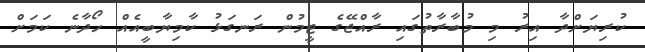
ކުރިޔަށްދާ އިރު މި މުބާރާތުގައި ރާއްޖޭގެ ޓީމުން ރަނގަޅު ކާމިޔާބީއެއް ހޯދާނެ ކަމަށް